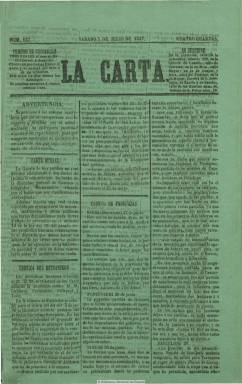
Título: La Carta (Madrid. 1847)
Colección: Periódicos anteriores a 1850
Ámbito geográfico: Madrid
Lugar de publicación: Madrid
Fechas: 03/07/1847-24/01/1848

Diario (excepto domingos y festivos) impreso por Manuel Álvarez, que es además su editor responsable, que comienza a publicarlo en enero de 1847 en números de cuatro páginas y a tres columnas. De carácter claramente noticioso, se estructura perfectamente en secciones. La denominada parte oficial, con alguna disposición procedente de La gaceta; y las crónicas dedicadas al extranjero y de provincias, con noticias sacadas de otros periódicos franceses, ingleses y españoles; una crónica de Madrid, con sueltos tanto de carácter político como de sucesos o noticias varias, así como anuncios del culto religioso, el precio de los productos del mercado, la cotización de la bolsa, programa de espectáculos (teatros). También llegará a incluir una sección de crónica parlamentaria y otra militar, así como un folletín. Los anuncios comerciales llegan a ocupar casi completamente su carta plana. Destaca en algunos números el color verde de su papel. Su tendencia es liberal templada. Su número 332, de 24 de enero de 1848, es el último que publica. Al día siguiente es continuado por El observador (1848-1853).